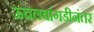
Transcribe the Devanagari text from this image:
ऊचलबांगडीनंतर